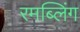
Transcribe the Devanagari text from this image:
रमब्लिंग